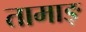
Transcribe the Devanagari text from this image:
तामाङ्‌